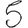
Digit: 5